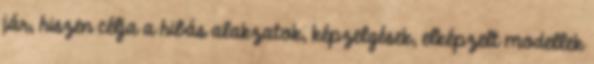
jár, hiszen célja a hibás alakzatok, képzelgések, elképzelt modellek